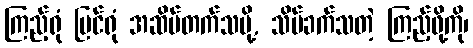
ကြည့်ရုံ မြင်ရုံ အဆိပ်တက်သမို့, သိပ်ခက်သတဲ့ ကြည့်ဖို့ကို၊